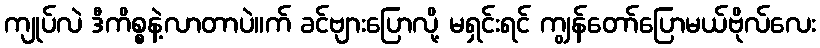
ကျုပ်လဲ ဒီကိစ္စနဲ့လာတာပဲ။က် ခင်ဗျားပြောလို့ မရှင်းရင် ကျွန်တော်ပြောမယ်ဗိုလ်လေး